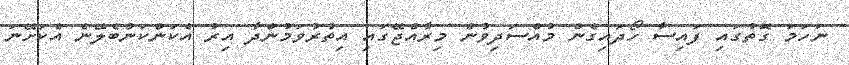
ނަހަމަ ގޮތުގައި ފައިސާ ހޯދައިގެން މުއްސަދިވުން މިރާއްޖޭގައި އިތުރުވަމުންދާ އިރު އެކަންކަންބެލޭނެ އެކަށޭނަ